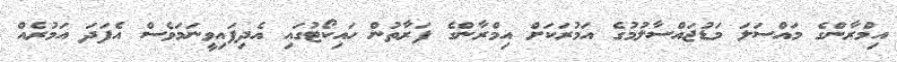
އިމްރާންގެ މައްސަލަ މަޑުޖައްސާލުމުގެ އަމުރަކަށް އިމްރާންގެ ފަރާތުން ހައިކޯޓުގައި އެދިފައިވީނަމަވެސް އެފަދަ އަމުރެއް